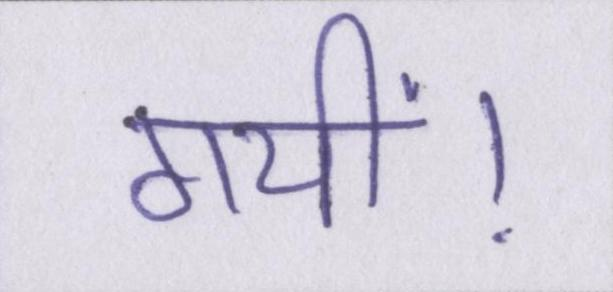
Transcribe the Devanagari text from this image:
गयीं।